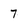
Character: 7